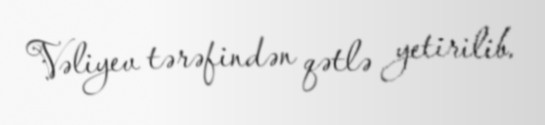
Vəliyev tərəfindən qətlə yetirilib.